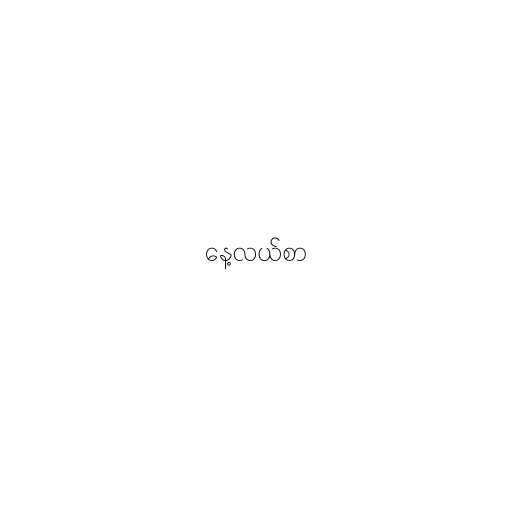
နေ့လယ်စာ